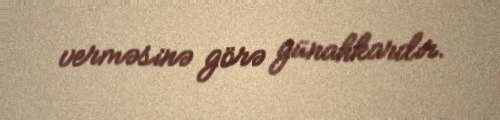
verməsinə görə günahkardır.